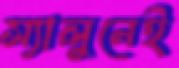
স্যালুনেই